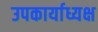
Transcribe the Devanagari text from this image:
उपकार्याध्यक्ष